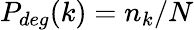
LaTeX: P_{deg}(k)=n_{k}/N